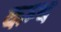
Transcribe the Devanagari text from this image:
कम्थ